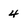
Character: 4